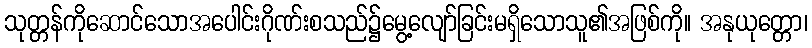
သုတ္တန်ကိုဆောင်သောအပေါင်းဂိုဏ်းစသည်၌မွေ့လျော်ခြင်းမရှိသောသူ၏အဖြစ်ကို။ အနုယုတ္တော၊